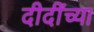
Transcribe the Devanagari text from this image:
दीदींच्या